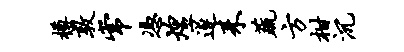
樽敦常凭煌遂耒蔬方柑沉